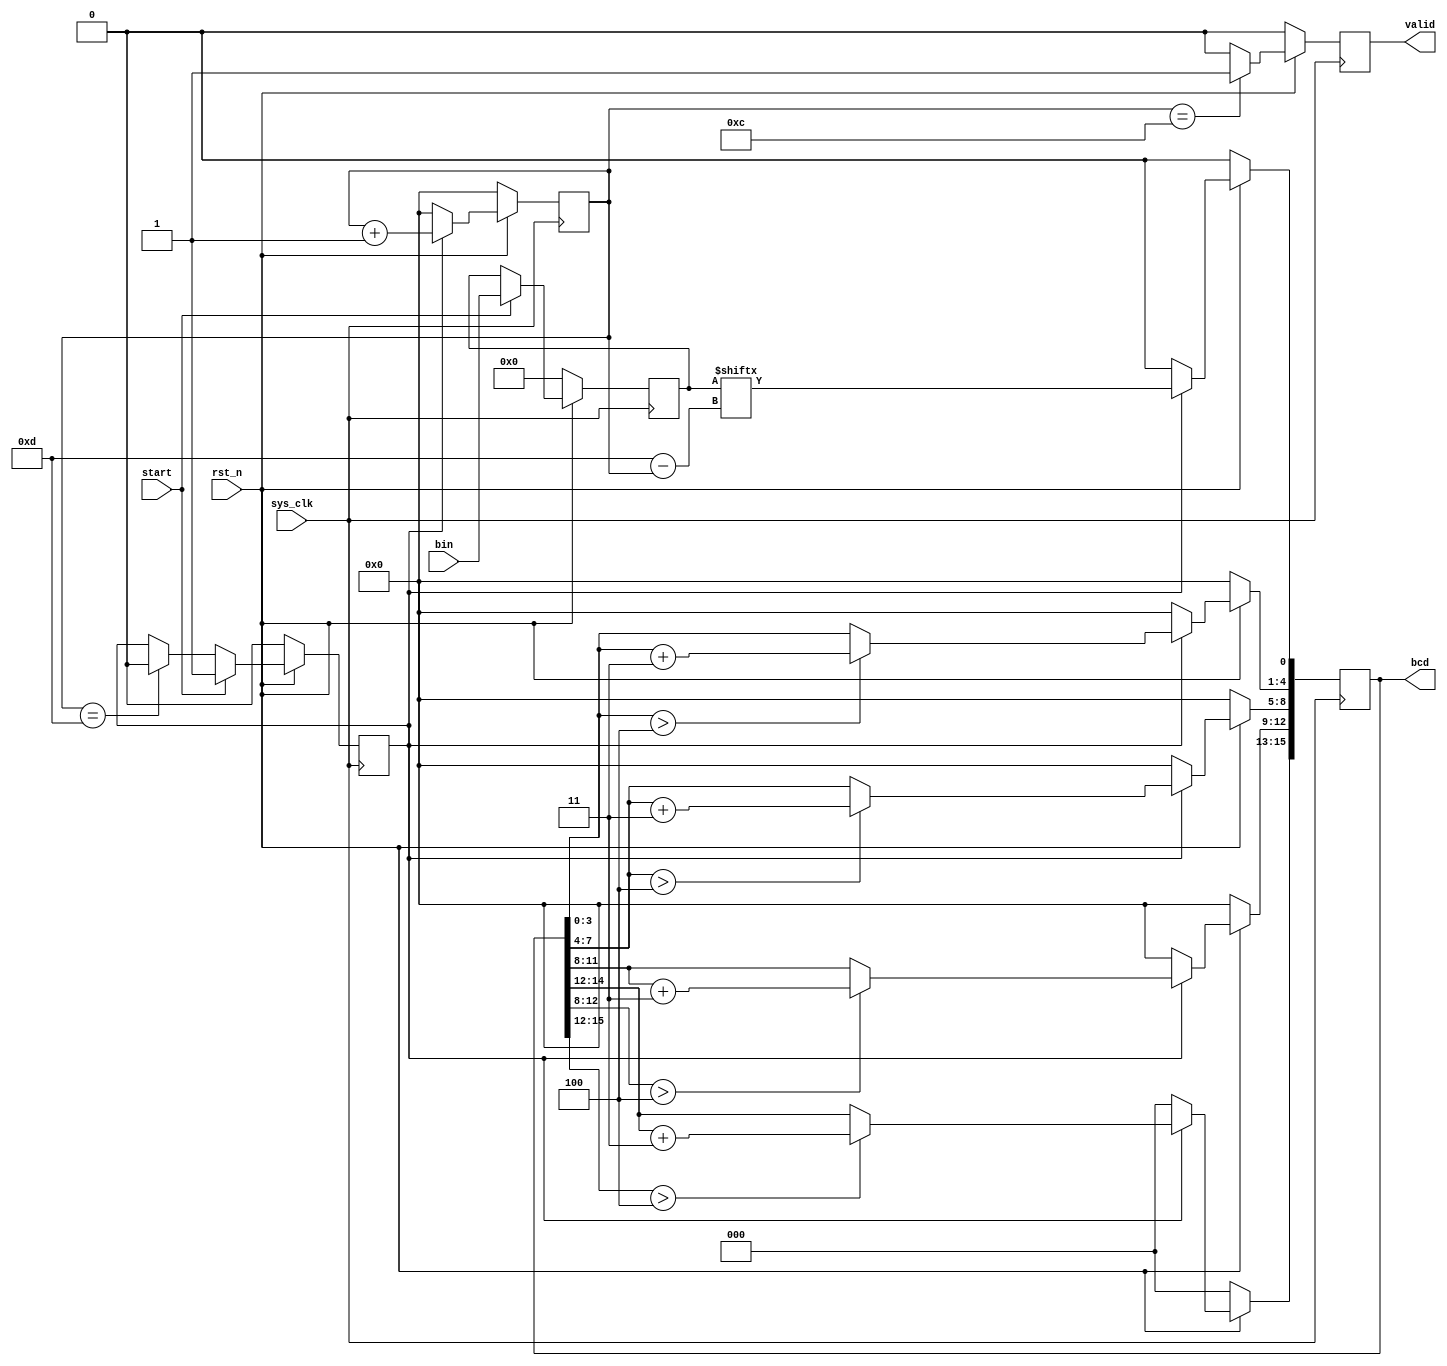
`timescale 1ns / 1ps
//////////////////////////////////////////////////////////////////////////////////
// Company: JLUEE
// 
// Design Name: 
// Module Name: bin2BCD
// Project Name: 
// Target Devices: 
// Tool Versions: 
// Description: 
// 
// Dependencies: 
// 
// Revision:
// Revision 0.01 - File Created
// Additional Comments:
// 
//////////////////////////////////////////////////////////////////////////////////


module bin2bcd(
    input sys_clk, 
    input rst_n,
    input start,
    input [13:0] bin,
    output [15:0] bcd,
    output valid
);
    
    reg [13:0] bin_in;
    reg op;
    reg [3:0] bit_cnt;

    always @(posedge sys_clk) begin
    if(!rst_n)
            bin_in <= 0;
    else if(start)
        bin_in <= bin;
    end
    
    always @(posedge sys_clk) begin
        if(!rst_n)
            op <= 0;
        else if(start)
            op <= 1;
        else if(bit_cnt == 14 - 1)
            op <= 0;
    end

    always @(posedge sys_clk) begin
        if(!rst_n)
            bit_cnt <= 0;
        else if(op)
            bit_cnt <= bit_cnt + 1'b1;
        else
            bit_cnt <= 0;
    end


    reg [15:0] bcd_reg;
    assign bcd = bcd_reg;
    always @(posedge sys_clk) begin
        if(!rst_n)
            bcd_reg <= 0;
        else if(op) begin
            bcd_reg[0] <= bin_in[13-bit_cnt];
            bcd_reg[4:1] <= (bcd[3:0] > 4) ? bcd[3:0] + 4'd3 : bcd[3:0];
            bcd_reg[8:5] <= (bcd[7:4] > 4) ? bcd[7:4] + 4'd3 : bcd[7:4];
            bcd_reg[12:9] <= (bcd[12:8] > 4) ? bcd[12:8] + 4'd3 : bcd[12:8];
            bcd_reg[15:13] <= (bcd[15:12] > 4) ? bcd[15:12] + 4'd3 : bcd[15:12];
          end
        else
            bcd_reg <= 0;
    end

    reg valid_reg;
    assign valid = valid_reg;
    always @(posedge sys_clk) begin
    if(!rst_n)
        valid_reg <= 0;
    else if(bit_cnt == 13 - 1)
        valid_reg <= 1;
    else
        valid_reg <= 0;    
    end



endmodule